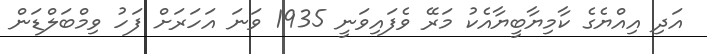
އަދި އިއްޔެގެ ކާމިޔާބީޔާއެކު މަރޭ ވެފައިވަނީ 1935 ވަނަ އަހަރަށް ފަހު ވިމްބަލްޑަން